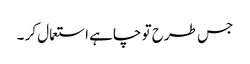
جس طرح تو چاہے استعمال کر ۔